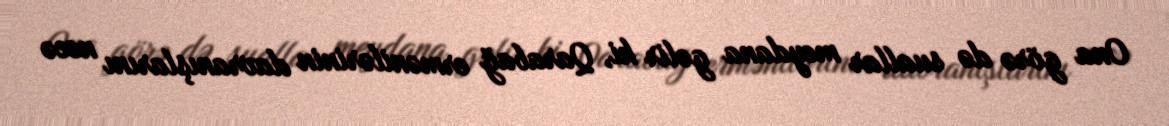
Ona görə də suallar meydana gəlir ki, Qarabağ ermənilərinin davranışlarını necə